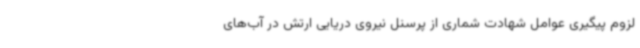
لزوم پیگیری عوامل شهادت شماری از پرسنل نیروی دریایی ارتش در آب‌های